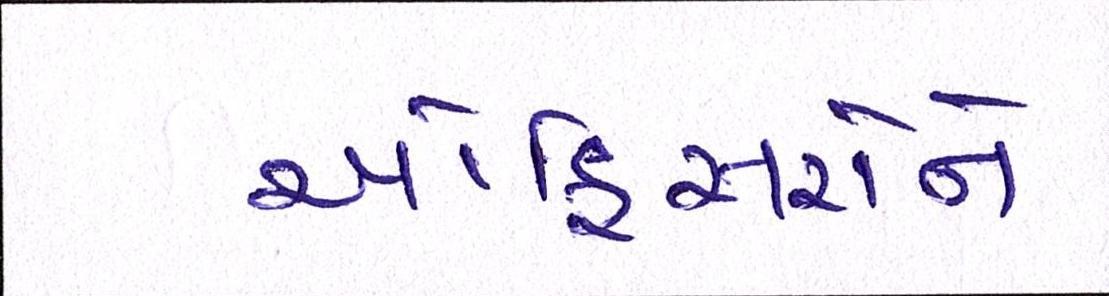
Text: ઓફિસરોને